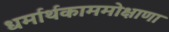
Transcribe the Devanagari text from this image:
धर्मार्थकाममोक्षाणा